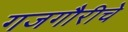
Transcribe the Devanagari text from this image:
गजगौरीचे